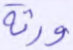
ورثة